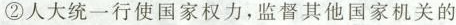
②人大统一行使国家权力，监督其他国家机关的